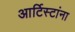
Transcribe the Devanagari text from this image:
आर्टिस्टांना